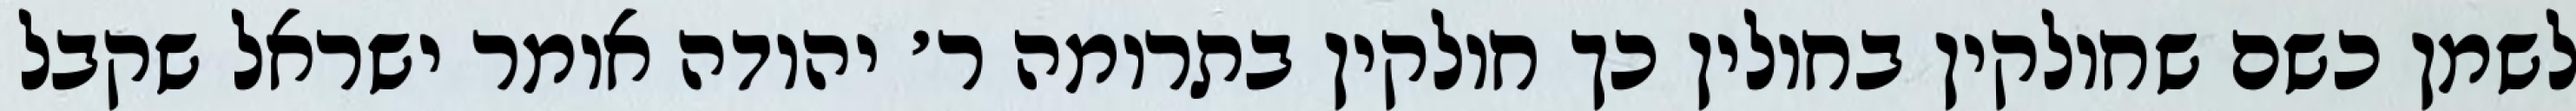
לשמן כשם שחולקין בחולין כך חולקין בתרומה ר׳ יהודה אומר ישראל שקבל